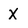
Character: X